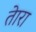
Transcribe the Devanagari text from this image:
तेारा